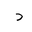
Letter: _dal